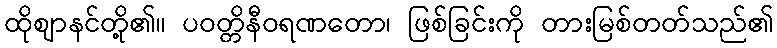
ထိုဈာနင်တို့၏။ ပဝတ္တိနီဝရဏတော၊ ဖြစ်ခြင်းကို တားမြစ်တတ်သည်၏